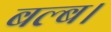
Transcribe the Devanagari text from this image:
बल्ब।